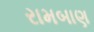
રામબાણ